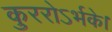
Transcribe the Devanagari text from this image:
कुररोऽर्भके।